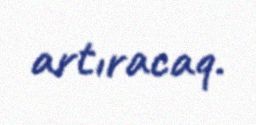
artıracaq.